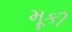
મૂકી